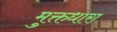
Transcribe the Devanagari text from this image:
मुक्तधारा